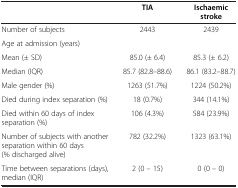
<table><thead><tr><td><b> </b></td><td><b>TIA</b></td><td><b>Ischaemic stroke</b></td></tr></thead><tbody><tr><td>Number of subjects</td><td>2443</td><td>2439</td></tr><tr><td>Age at admission (years)</td><td> </td><td> </td></tr><tr><td>Mean (± SD)</td><td>85.0 (± 6.4)</td><td>85.3 (± 6.2)</td></tr><tr><td>Median (IQR)</td><td>85.7 (82.8–88.6)</td><td>86.1 (83.2–88.7)</td></tr><tr><td>Male gender (%)</td><td>1263 (51.7%)</td><td>1224 (50.2%)</td></tr><tr><td>Died during index separation (%)</td><td>18 (0.7%)</td><td>344 (14.1%)</td></tr><tr><td>Died within 60 days of index separation (%)</td><td>106 (4.3%)</td><td>584 (23.9%)</td></tr><tr><td>Number of subjects with another separation within 60 days (% discharged alive)</td><td>782 (32.2%)</td><td>1323 (63.1%)</td></tr><tr><td>Time between separations (days), median (IQR)</td><td>2 (0 – 15)</td><td>0 (0 – 0)</td></tr></tbody></table>